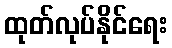
ထုတ်လုပ်နိုင်ရေး